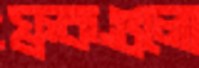
ফ্রকগুলো